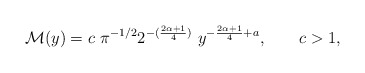
\begin{align*}\mathcal{M}(y)=c\ \pi^{-1/2}2^{-(\frac{2\alpha+1}{4})} \ y^{-\frac{2\alpha+1}{4}+a}, \qquad c>1,\end{align*}